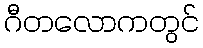
ဂီတလောကတွင်